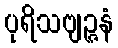
ပုရိသဗျဉ္ဇနံ